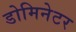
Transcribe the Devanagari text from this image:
डोमिनेटर